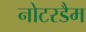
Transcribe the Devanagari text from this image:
नोटरडैम